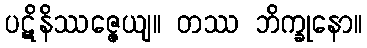
ပဋိနိဿဇ္ဇေယျ။ တဿ ဘိက္ခုနော။